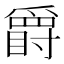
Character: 𱭇